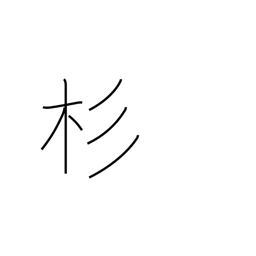
Meaning: cryptomeria